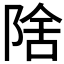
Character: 𱀛